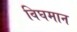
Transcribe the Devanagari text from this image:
विघमान